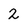
Character: 2